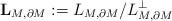
LaTeX: \begin{align*} \mathbf{L}_{M,\partial M}:={L}_{M,\partial M}/{L}_{M,\partial M}^\bot\end{align*}